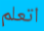
اتعلم